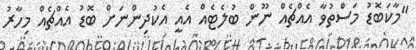
"މާކަބޮޑު މަސްތުވާ އެއްޗެއް ނޫން ބުލެޓެއް އެއީ އެކުދިންނަށް ބޮޑު އެއްޗެއް މިހާރު